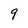
Character: 9